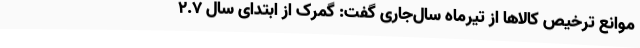
موانع ترخیص کالاها از تیرماه سال‌جاری گفت: گمرک از ابتدای سال 2.7